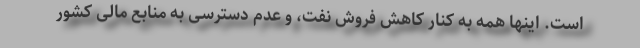
است. اینها همه به کنار کاهش فروش نفت، و عدم دسترسی به منابع مالی کشور